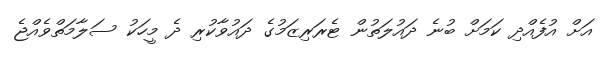
އަށް އުފެއްދި ކަމަށް ބުނެ ދައުލަތުން ޓެރަރިޒަމުގެ ދައުވާކުރި ދެ މީހަކު ސަލާމަތްވެއްޖެ